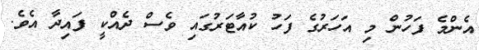
އެންމެ ފަހުން މި އަހަރުގެ ފަހު ކުއާޓަރުގައި ވެސް ދެއްކީ ފައިދާ އެވެ.